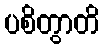
ပစိတွာတိ